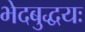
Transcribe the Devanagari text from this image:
भेदबुद्धयः